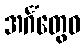
အင်္ဂံတွေဝ